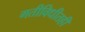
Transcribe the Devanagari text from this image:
गतीविधीतही